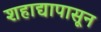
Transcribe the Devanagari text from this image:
शहाद्यापासून